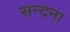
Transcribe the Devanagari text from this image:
सन्दना